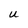
Character: U